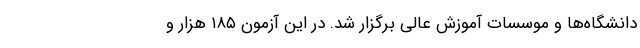
دانشگاه‌ها و موسسات آموزش عالی برگزار شد. در این آزمون ۱۸۵ هزار و